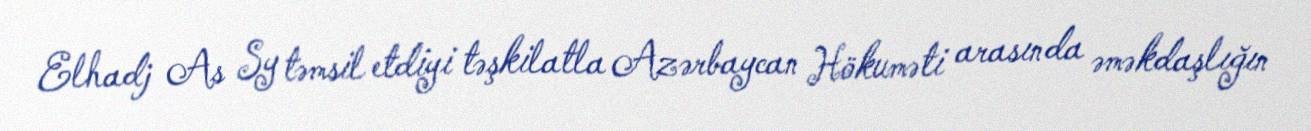
Elhadj As Sy təmsil etdiyi təşkilatla Azərbaycan Hökuməti arasında əməkdaşlığın